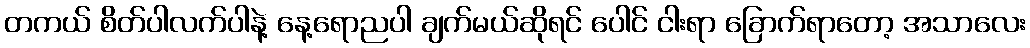
တကယ် စိတ်ပါလက်ပါနဲ့ နေ့ရောညပါ ချက်မယ်ဆိုရင် ပေါင် ငါးရာ ခြောက်ရာတော့ အသာလေး